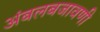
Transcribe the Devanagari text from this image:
अंबलबजावणी